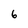
Character: 6